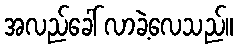
အလည်ခေါ် လာခဲ့လေသည်။